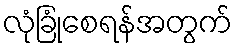
လုံခြုံစေရန်အတွက်